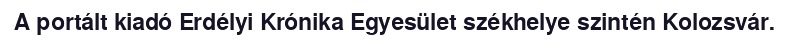
A portált kiadó Erdélyi Krónika Egyesület székhelye szintén Kolozsvár.